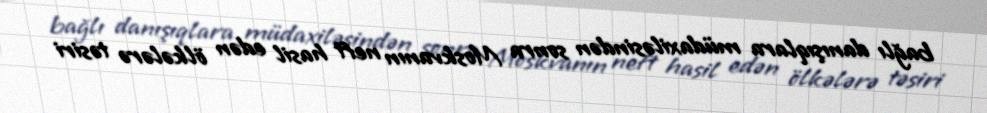
bağlı danışıqlara müdaxiləsindən sonra Moskvanın neft hasil edən ölkələrə təsiri